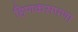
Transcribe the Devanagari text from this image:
हिणकसपणा